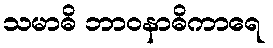
သမာဓိ ဘာဝနာဓိကာရေ